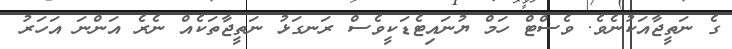
ގެ ނަތީޖާއަކުނެވެ. ވެސްޓް ހަމް ޔުނައިޓެޑަކީވެސް ރަނގަޅު ނަތީޖާތަކެއްް ނެރެ އަންނަ އަހަރު